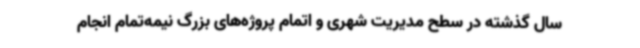
سال گذشته در سطح مدیریت شهری و اتمام پروژه‌های بزرگ نیمه‌تمام انجام